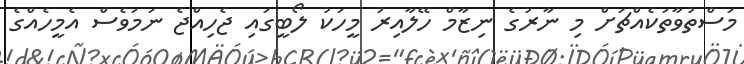
މަސްތުވާތަކެއްޗަށް މި ނާރުގެ ނިޒާމް ހޭލާއިރު މީހަކު ލޯބީގައި ޖެހިއްޖެ ނަމަވެސް އެމީހެއްގެ